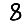
Digit: 8